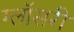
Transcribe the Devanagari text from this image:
ग्लॉसरी